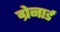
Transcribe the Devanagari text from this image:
ग्रेनार्ड